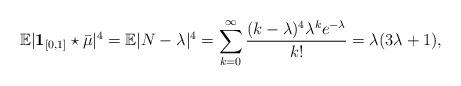
LaTeX: \begin{align*} \mathbb E |\mathbf 1_{[0, 1]}\star \bar{\mu}|^4 = \mathbb E |N -\lambda |^4 = \sum_{k=0}^{\infty} \frac{(k-\lambda)^4\lambda ^k e^{-\lambda}}{k!} = \lambda(3\lambda +1),\end{align*}